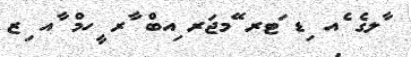
ާލގެ ެއ ިޑ ަޓރ ޭމޖަރ ިއބް ާރ ީހމް ާއ ިޒ